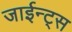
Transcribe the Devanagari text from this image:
जाईन्ट्स